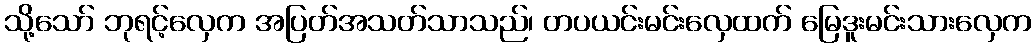
သို့သော် ဘုရင့်လှေက အပြတ်အသတ်သာသည်၊ တပယင်းမင်းလှေထက် မြေဒူးမင်းသားလှေက